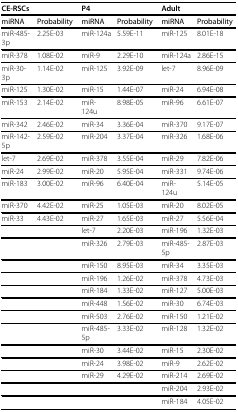
<table><thead><tr><td colspan="2"><b>CE-RSCs</b></td><td colspan="2"><b>P4</b></td><td colspan="2"><b>Adult</b></td></tr></thead><tbody><tr><td><b>miRNA</b></td><td><b>Probability</b></td><td><b>miRNA</b></td><td><b>Probability</b></td><td><b>miRNA</b></td><td><b>Probability</b></td></tr><tr><td>miR-485-3p</td><td>2.25E-03</td><td>miR-124a</td><td>5.59E-11</td><td>miR-125</td><td>8.01E-18</td></tr><tr><td>miR-378</td><td>1.08E-02</td><td>miR-9</td><td>2.29E-10</td><td>miR-124a</td><td>2.86E-15</td></tr><tr><td>miR-30-3p</td><td>1.14E-02</td><td>miR-125</td><td>3.92E-09</td><td>let-7</td><td>8.96E-09</td></tr><tr><td>miR-125</td><td>1.30E-02</td><td>miR-15</td><td>1.44E-07</td><td>miR-24</td><td>6.94E-08</td></tr><tr><td>miR-153</td><td>2.14E-02</td><td>miR-124u</td><td>8.98E-05</td><td>miR-96</td><td>6.61E-07</td></tr><tr><td>miR-342</td><td>2.46E-02</td><td>miR-34</td><td>3.36E-04</td><td>miR-370</td><td>9.17E-07</td></tr><tr><td>miR-142-5p</td><td>2.59E-02</td><td>miR-204</td><td>3.37E-04</td><td>miR-326</td><td>1.68E-06</td></tr><tr><td>let-7</td><td>2.69E-02</td><td>miR-378</td><td>3.55E-04</td><td>miR-29</td><td>7.82E-06</td></tr><tr><td>miR-24</td><td>2.99E-02</td><td>miR-20</td><td>5.95E-04</td><td>miR-331</td><td>9.74E-06</td></tr><tr><td>miR-183</td><td>3.00E-02</td><td>miR-96</td><td>6.40E-04</td><td>miR-124u</td><td>5.14E-05</td></tr><tr><td>miR-370</td><td>4.42E-02</td><td>miR-25</td><td>1.05E-03</td><td>miR-20</td><td>8.02E-05</td></tr><tr><td>miR-33</td><td>4.43E-02</td><td>miR-27</td><td>1.65E-03</td><td>miR-27</td><td>5.56E-04</td></tr><tr><td></td><td></td><td>let-7</td><td>2.20E-03</td><td>miR-196</td><td>1.32E-03</td></tr><tr><td></td><td></td><td>miR-326</td><td>2.79E-03</td><td>miR-485-5p</td><td>2.87E-03</td></tr><tr><td></td><td></td><td>miR-150</td><td>8.95E-03</td><td>miR-34</td><td>3.35E-03</td></tr><tr><td></td><td></td><td>miR-196</td><td>1.26E-02</td><td>miR-378</td><td>4.73E-03</td></tr><tr><td></td><td></td><td>miR-184</td><td>1.33E-02</td><td>miR-127</td><td>5.00E-03</td></tr><tr><td></td><td></td><td>miR-448</td><td>1.56E-02</td><td>miR-30</td><td>6.74E-03</td></tr><tr><td></td><td></td><td>miR-503</td><td>2.76E-02</td><td>miR-150</td><td>1.21E-02</td></tr><tr><td></td><td></td><td>miR-485-5p</td><td>3.33E-02</td><td>miR-128</td><td>1.32E-02</td></tr><tr><td></td><td></td><td>miR-30</td><td>3.44E-02</td><td>miR-15</td><td>2.30E-02</td></tr><tr><td></td><td></td><td>miR-24</td><td>3.98E-02</td><td>miR-9</td><td>2.62E-02</td></tr><tr><td></td><td></td><td>miR-29</td><td>4.29E-02</td><td>miR-214</td><td>2.69E-02</td></tr><tr><td></td><td></td><td></td><td></td><td>miR-204</td><td>2.93E-02</td></tr><tr><td></td><td></td><td></td><td></td><td>miR-184</td><td>4.05E-02</td></tr></tbody></table>